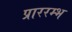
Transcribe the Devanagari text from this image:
प्राररम्भ